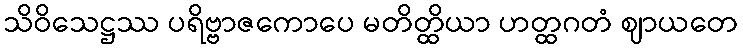
သိဝိသေဋ္ဌဿ ပရိဗ္ဗာဇကောပေ မတိတ္ထိယာ ဟတ္ထဂတံ ဈာယတေ